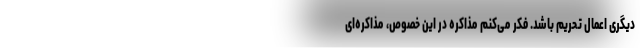
دیگری اعمال تحریم باشد. فکر می‌کنم مذاکره در این خصوص، مذاکره‌ای